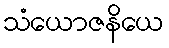
သံယောဇနိယေ